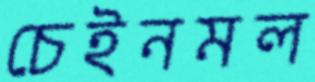
চেইনমল